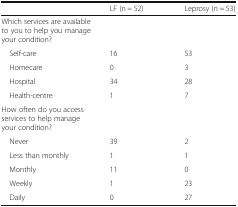
<table><thead><tr><td></td><td><b>LF (n = 52)</b></td><td><b>Leprosy (n = 53)</b></td></tr></thead><tbody><tr><td colspan="3">Which services are available to you to help you manage your condition?</td></tr><tr><td> Self-care</td><td>16</td><td>53</td></tr><tr><td> Homecare</td><td>0</td><td>3</td></tr><tr><td> Hospital</td><td>34</td><td>28</td></tr><tr><td> Health-centre</td><td>1</td><td>7</td></tr><tr><td colspan="3">How often do you access services to help manage your condition?</td></tr><tr><td> Never</td><td>39</td><td>2</td></tr><tr><td> Less than monthly</td><td>1</td><td>1</td></tr><tr><td> Monthly</td><td>11</td><td>0</td></tr><tr><td> Weekly</td><td>1</td><td>23</td></tr><tr><td> Daily</td><td>0</td><td>27</td></tr></tbody></table>